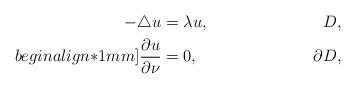
LaTeX: \begin{align*} - \triangle u&=\lambda u, & D,\\begin{align*}1mm] \frac{\partial u}{\partial \nu} &=0, & \partial D,\end{align*}